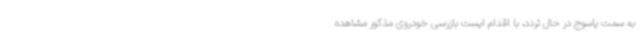
به سمت یاسوج در حال تردد، با اقدام ایست بازرسی خودروی مذکور مشاهده